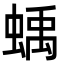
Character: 蝺